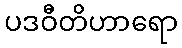
ပဒဝီတိဟာရော